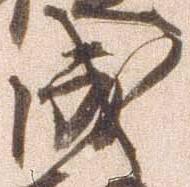
成